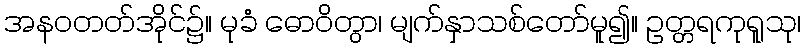
အနဝတတ်အိုင်၌။ မုခံ ဓောဝိတွာ၊ မျက်နှာသစ်တော်မူ၍။ ဥတ္တရကုရူသု၊